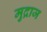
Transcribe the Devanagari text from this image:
मुद्राज